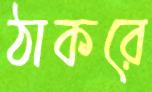
ঠাকরে